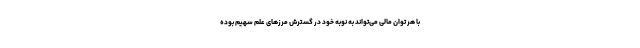
با هر توان مالی می‌تواند به نوبه خود در گسترش مرزهای علم سهیم بوده